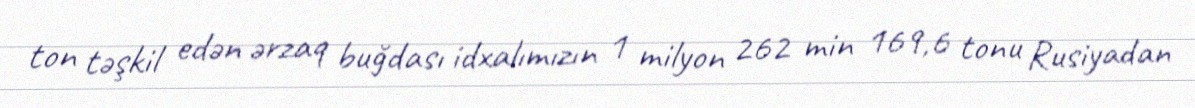
ton təşkil edən ərzaq buğdası idxalımızın 1 milyon 262 min 169,6 tonu Rusiyadan